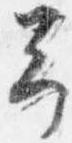
予